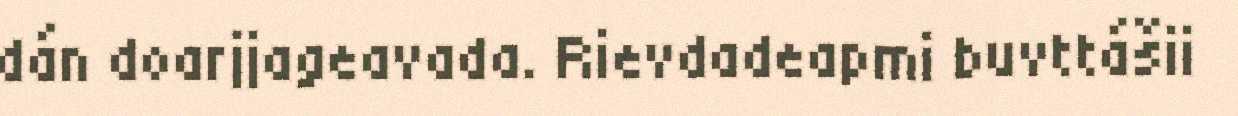
dán doarjjageavada. Rievdadeapmi buvttášii